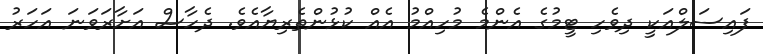
ފައިސަލްއަކީ ދިވެހި ޓީމުގެ އެންމެ މުހިއްމު އެއް ކުޅުންތެރިޔާއެވެ. ދެހާސް އަށާރަވަނަ އަހަރު